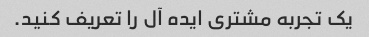
یک تجربه مشتری ایده آل را تعریف کنید.